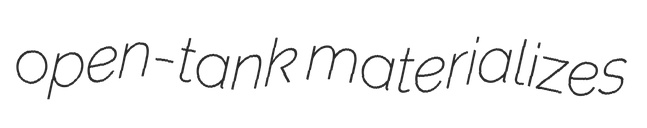
open-tank materializes